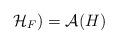
LaTeX: \begin{align*}\mathcal{H}_{F})=\mathcal{A}(H)\end{align*}